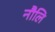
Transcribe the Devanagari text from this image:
नौलि